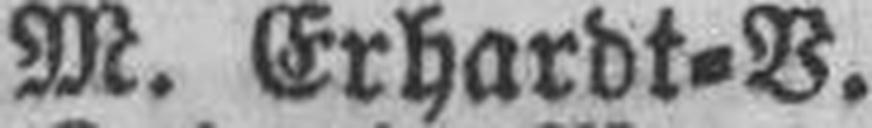
M. Erhardt=V.